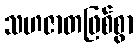
သဟဇာတဖြစ်စွာ